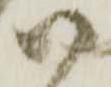
尉